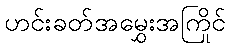
ဟင်းခတ်အမွှေးအကြိုင်